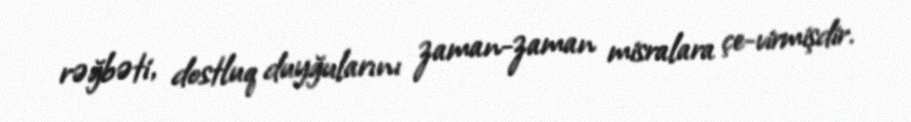
rəğbəti, dostluq duyğularını zaman-zaman misralara çe-virmişdir.